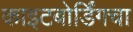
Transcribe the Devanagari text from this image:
काइटबोर्डिंगचा